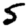
Digit: 5